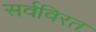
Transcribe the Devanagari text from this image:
सर्वविरत